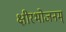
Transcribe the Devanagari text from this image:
क्षीरभोजनम्